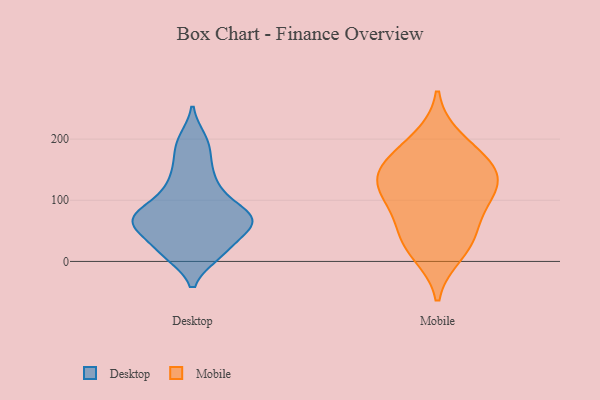
{"axis": {"x": "Gross Profit (USD K)", "y": "Value"}, "legend": ["Desktop", "Mobile"], "data": [{"x": "", "y": 14, "type": "Desktop"}, {"x": "", "y": 59, "type": "Desktop"}, {"x": "", "y": 59, "type": "Desktop"}, {"x": "", "y": 58, "type": "Desktop"}, {"x": "", "y": 73, "type": "Desktop"}, {"x": "", "y": 54, "type": "Desktop"}, {"x": "", "y": 109, "type": "Desktop"}, {"x": "", "y": 199, "type": "Desktop"}, {"x": "", "y": 164, "type": "Desktop"}, {"x": "", "y": 78, "type": "Desktop"}, {"x": "", "y": 192, "type": "Desktop"}, {"x": "", "y": 15, "type": "Desktop"}, {"x": "", "y": 128, "type": "Desktop"}, {"x": "", "y": 18, "type": "Desktop"}, {"x": "", "y": 70, "type": "Desktop"}, {"x": "", "y": 12, "type": "Desktop"}, {"x": "", "y": 139, "type": "Desktop"}, {"x": "", "y": 73, "type": "Desktop"}, {"x": "", "y": 67, "type": "Desktop"}, {"x": "", "y": 95, "type": "Desktop"}, {"x": "", "y": 142, "type": "Mobile"}, {"x": "", "y": 44, "type": "Mobile"}, {"x": "", "y": 134, "type": "Mobile"}, {"x": "", "y": 200, "type": "Mobile"}, {"x": "", "y": 35, "type": "Mobile"}, {"x": "", "y": 87, "type": "Mobile"}, {"x": "", "y": 120, "type": "Mobile"}, {"x": "", "y": 156, "type": "Mobile"}, {"x": "", "y": 169, "type": "Mobile"}, {"x": "", "y": 14, "type": "Mobile"}, {"x": "", "y": 104, "type": "Mobile"}]}